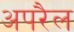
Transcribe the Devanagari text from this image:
अपरैल